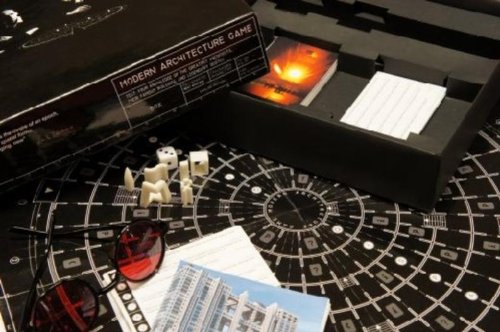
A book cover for Modern Architecture Game; edited; Arts & Photography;